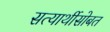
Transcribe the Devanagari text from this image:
सत्यार्थीसोबत